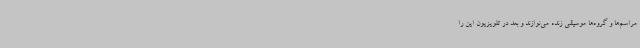
مراسم‌ها و گروه‌ها موسیقی زنده می‌نوازند و بعد در تلویزیون این را